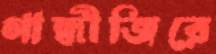
গান্ধীজিরে